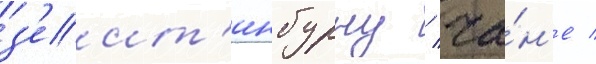
з'еит'инбурну / ча́н'е /